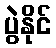
ပွဲနိုင်